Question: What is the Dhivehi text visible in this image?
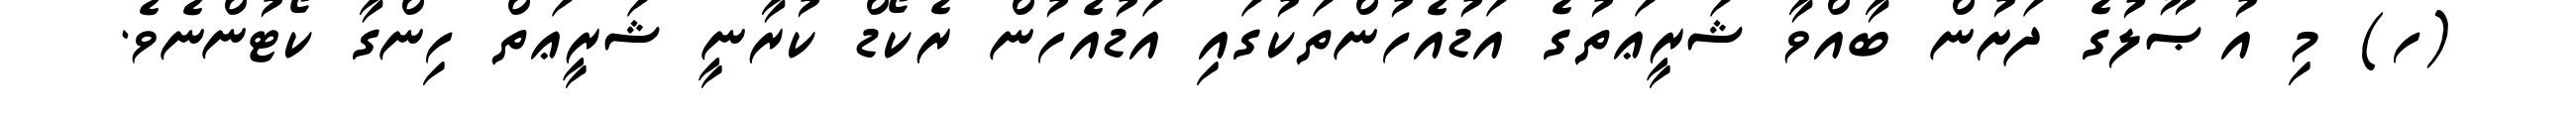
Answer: (ހ) މި އުޞޫލުގެ ދަށުން ބާއްވާ ޝަރީޢަތުގެ އަޑުއެހުންތަކުގައި އަޑުއެހުން ރެކޯޑް ކުރާނީ ޝަރީޢަތް ހިންގާ ކޯޓުންނެވެ.